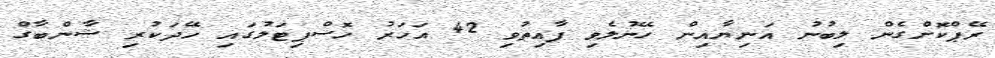
ރޭޕްކޮށްގެން ލިބުނު އަނިޔާއިން ހޭނުލެވި ފާއިތުވި 42 އަހަރު ހޮސްޕިޓަލުގައި ހޭދަކުރި ޝާންބާގް